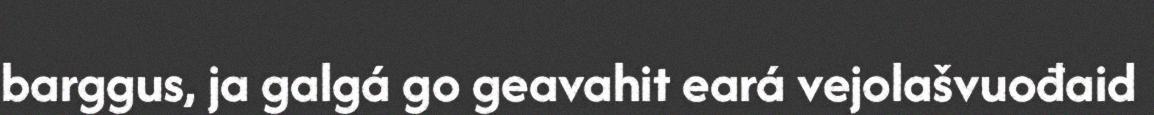
barggus, ja galgá go geavahit eará vejolašvuođaid